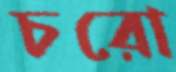
চরো